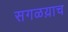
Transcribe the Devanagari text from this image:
सगळय़ाच